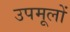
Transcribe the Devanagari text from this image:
उपमूलों